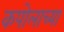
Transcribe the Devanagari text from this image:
कपोलाच्या